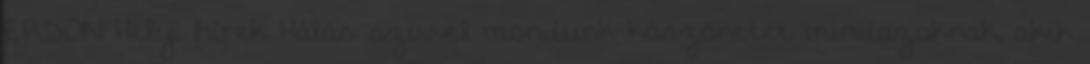
ERDON Helyi hírek Hálás szívvel mondunk köszönetet mindazoknak, akik